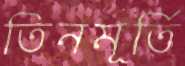
তিনমূর্তি